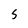
Character: 5